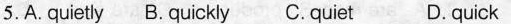
5.A. quietly B. quickly C.quiet D.quick